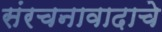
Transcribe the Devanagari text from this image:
संरचनावादाचे